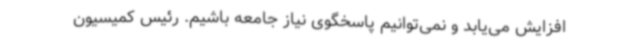
افزایش می‌یابد و نمی‌توانیم پاسخگوی نیاز جامعه باشیم. رئیس کمیسیون